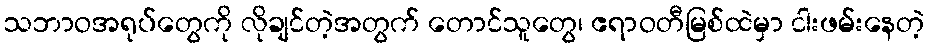
သဘာဝအရုပ်တွေကို လိုချင်တဲ့အတွက် တောင်သူတွေ၊ ဧရာဝတီမြစ်ထဲမှာ ငါးဖမ်းနေတဲ့